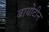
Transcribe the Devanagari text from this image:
बायोटीन